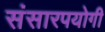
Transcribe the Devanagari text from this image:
संसारपयोगी